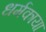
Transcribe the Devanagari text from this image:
धर्मकाया